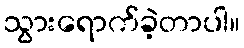
သွားရောက်ခဲ့တာပါ။